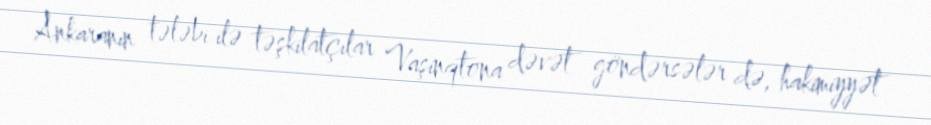
Ankaranın tələbi ilə təşkilatçılar Vaşinqtona dəvət göndərsələr də, hakimiyyət